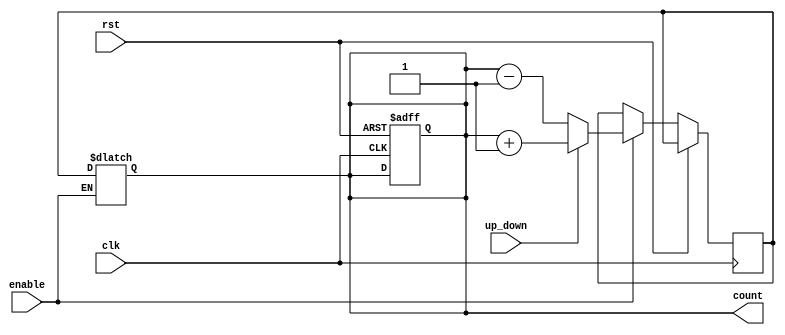
module UpDownCounter (
    input clk,
    input rst,
    input enable,
    input up_down,
    output reg [7:0] count
);

reg [7:0] next_count;

always @ (posedge clk or posedge rst) begin
    if (rst) begin
        count <= 8'b0;
    end else if (enable) begin
        if (up_down) begin
            next_count <= count + 1;
        end else begin
            next_count <= count - 1;
        end
    end
end

always @ (*) begin
    if (enable) begin
        count <= next_count;
    end
end

endmodule